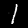
Digit: 1